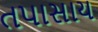
તપાસાય